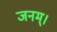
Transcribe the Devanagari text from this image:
जनम्।